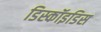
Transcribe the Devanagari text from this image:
डिस्कॉइडिस